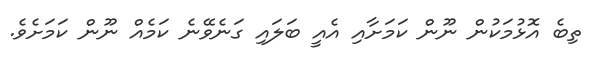
ތިބެ އޮޅުމަކުން ނޫން ކަމަށާއި އެއީ ބަލައި ގަނެވޭނެ ކަމެއް ނޫން ކަމަށެވެ.